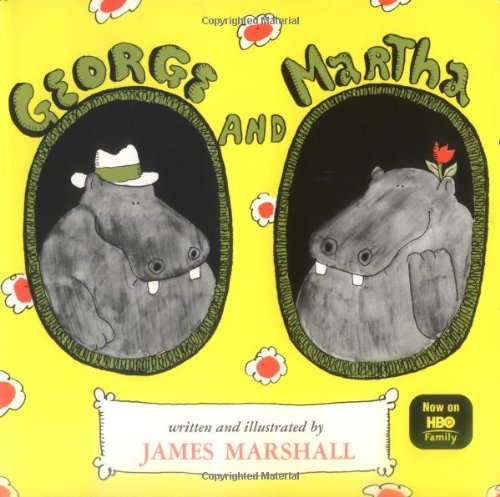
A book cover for George and Martha; James Marshall; Children's Books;